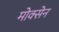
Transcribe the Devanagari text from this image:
मोक्सेन